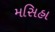
મસિહા